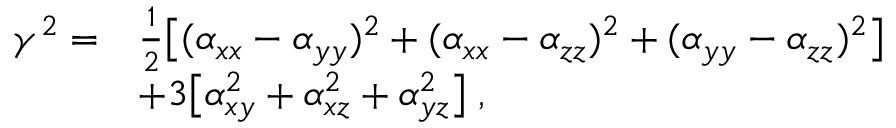
\begin{array} { r l } { \gamma ^ { 2 } = } & { \frac { 1 } { 2 } \big [ ( \alpha _ { x x } - \alpha _ { y y } ) ^ { 2 } + ( \alpha _ { x x } - \alpha _ { z z } ) ^ { 2 } + ( \alpha _ { y y } - \alpha _ { z z } ) ^ { 2 } \big ] } \\ & { + 3 \big [ \alpha _ { x y } ^ { 2 } + \alpha _ { x z } ^ { 2 } + \alpha _ { y z } ^ { 2 } \big ] \; , } \end{array}